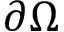
\partial \Omega